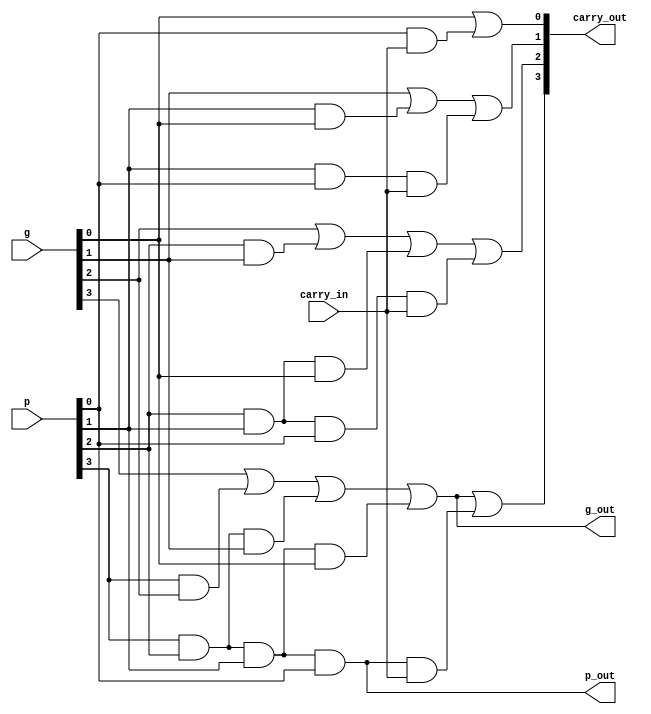
module cla_4bits(g, p, carry_in, carry_out, g_out, p_out);//444
	input [3:0]g;
	input [3:0]p;
	input carry_in;
	output [4:1]carry_out;
	output g_out;//4
	output p_out;//4

	assign carry_out[1] = g[0]
					    | (p[0] & carry_in); 
	assign carry_out[2] = g[1]
					    | (p[1] & g[0])
					    | (p[1] & p[0] & carry_in); 
	assign carry_out[3] = g[2]
					    | (p[2] & g[1])
					    | (p[2] & p[1] & g[0])
					    | (p[2] & p[1] & p[0] & carry_in); 
	assign carry_out[4] = g[3]
					    | (p[3] & g[2])
					    | (p[3] & p[2] & g[1])
					    | (p[3] & p[2] & p[1] & g[0])
					    | (p[3] & p[2] & p[1] & p[0] & carry_in); 

	//carry_out[4]=(g[3]+p[3]*carry_out[3])
	//			  =g[3]+p[3]*g[2]+p[3]*p[2]*g[1]+p[3]*p[2]*p[1]*g[0]+p[3]*p[2]*p[1]*p[0]*carry_in
	//			  =g_out                                            +p_out*carry_in
	assign g_out = g[3]
				 | (p[3] & g[2])
				 | (p[3] & p[2] & g[1])
				 | (p[3] & p[2] & p[1] & g[0]);
	assign p_out = p[3] & p[2] & p[1] & p[0];
endmodule


module Adder_1bit(a, b, carry_in, sum, g, p);//1
	input a;
	input b;
	input carry_in;
	output sum;
	output g;//1
	output p;//1

	assign sum = a ^ b ^ carry_in;
	assign g = a & b;
	assign p = a | b;
endmodule

module Adder_4bits(a, b, carry_in, sum, g_out, p_out);//4
	input [3:0]a;
	input [3:0]b;
	input carry_in;
	output [3:0]sum;
	output g_out;//4
	output p_out;//4

	wire [3:0]g;
	wire [3:0]p;
	wire [4:1]carry;

	Adder_1bit Adder_1bit_1(a[0], b[0], carry_in, sum[0], g[0], p[0]);
	Adder_1bit Adder_1bit_2(a[1], b[1], carry[1], sum[1], g[1], p[1]);
	Adder_1bit Adder_1bit_3(a[2], b[2], carry[2], sum[2], g[2], p[2]);
	Adder_1bit Adder_1bit_4(a[3], b[3], carry[3], sum[3], g[3], p[3]);

	cla_4bits CLA(g, p, carry_in, carry, g_out, p_out);
endmodule

module Adder_16bits(a, b, carry_in, sum, g_out, p_out);//16
	input [15:0]a;
	input [15:0]b;
	input carry_in;
	output [15:0]sum;
	output g_out;//16
	output p_out;//16

	wire [3:0]g;
	wire [3:0]p;
	wire [4:1]carry;

	Adder_4bits Adder_4bits_1(a[3:0], b[3:0], carry_in, sum[3:0], g[0], p[0]);
	Adder_4bits Adder_4bits_2(a[7:4], b[7:4], carry[1], sum[7:4], g[1], p[1]);
	Adder_4bits Adder_4bits_3(a[11:8], b[11:8], carry[2], sum[11:8], g[2], p[2]);
	Adder_4bits Adder_4bits_4(a[15:12], b[15:12], carry[3], sum[15:12], g[3], p[3]);

	//cla_4bits
	cla_4bits CLA(g, p, carry_in, carry, g_out, p_out);
endmodule

module Adder_32bits(a,b,carry_in,sum,carry_out);//32
	input [31:0]a;
	input [31:0]b;
	input carry_in;
	output [31:0]sum;
	output carry_out;

	wire carry_temp;
	wire [1:0]g;
	wire [1:0]p;
	
	assign carry_temp = g[0]
					  | (p[0] & carry_in);
	assign carry_out = g[1]
					 | (p[1] & g[0])
					 | (p[1] & p[0] & carry_in);

	Adder_16bits Adder_16bits_1(a[15:0], b[15:0], carry_in, sum[15:0], g[0], p[0]);
	Adder_16bits Adder_16bits_2(a[31:16], b[31:16], carry_temp, sum[31:16], g[1], p[1]);
endmodule

module Adder_64bits(a, b, carry_in, sum, carry_out);//64
	input [63:0]a;
	input [63:0]b;
	input carry_in;
	output [63:0]sum;
	output carry_out;

	wire [3:0]g;
	wire [3:0]p;
	wire [4:1]carry;
	wire g_out;
	wire p_out;

	Adder_16bits adder_16_1(a[15:0], b[15:0], carry_in, sum[15:0], g[0], p[0]);
	Adder_16bits adder_16_2(a[31:16], b[31:16], carry[1], sum[31:16], g[1], p[1]);
	Adder_16bits adder_16_3(a[47:32], b[47:32], carry[2], sum[47:32], g[2], p[2]);
	Adder_16bits adder_16_4(a[63:48], b[63:48], carry[3], sum[63:48], g[3], p[3]);

	cla_4bits CLA(g, p, carry_in, carry, g_out, p_out);

	assign carry_out = carry[4];
endmodule

module negate_32bits(to_operate, operator, result);
	input [31:0]to_operate;
	input operator;//1
	output [31:0]result;

	assign result[0] = operator ^ to_operate[0];
	assign result[1] = operator ^ to_operate[1];
	assign result[2] = operator ^ to_operate[2];
	assign result[3] = operator ^ to_operate[3];
	assign result[4] = operator ^ to_operate[4];
	assign result[5] = operator ^ to_operate[5];
	assign result[6] = operator ^ to_operate[6];
	assign result[7] = operator ^ to_operate[7];
	assign result[8] = operator ^ to_operate[8];
	assign result[9] = operator ^ to_operate[9];
	assign result[10] = operator ^ to_operate[10];
	assign result[11] = operator ^ to_operate[11];
	assign result[12] = operator ^ to_operate[12];
	assign result[13] = operator ^ to_operate[13];
	assign result[14] = operator ^ to_operate[14];
	assign result[15] = operator ^ to_operate[15];
	assign result[16] = operator ^ to_operate[16];
	assign result[17] = operator ^ to_operate[17];
	assign result[18] = operator ^ to_operate[18];
	assign result[19] = operator ^ to_operate[19];
	assign result[20] = operator ^ to_operate[20];
	assign result[21] = operator ^ to_operate[21];
	assign result[22] = operator ^ to_operate[22];
	assign result[23] = operator ^ to_operate[23];
	assign result[24] = operator ^ to_operate[24];
	assign result[25] = operator ^ to_operate[25];
	assign result[26] = operator ^ to_operate[26];
	assign result[27] = operator ^ to_operate[27];
	assign result[28] = operator ^ to_operate[28];
	assign result[29] = operator ^ to_operate[29];
	assign result[30] = operator ^ to_operate[30];
	assign result[31] = operator ^ to_operate[31];
endmodule

module AddSub(a, b, aluc, r, carry, overflow);//32
	input [31:0]a;
	input [31:0]b;
	input aluc;//
	output [31:0]r;
	output carry;//CF
	output overflow;//OF

	wire [31:0]b_to_add;
	wire carry_in;
	wire carry_out;
	
	//b
	negate_32bits negate_(b, aluc, b_to_add);//b_to_addbb_to_addb
	assign carry_in = aluc ? 1: 0;//b1,carry_in1

	Adder_32bits Adder_(a, b_to_add, carry_in, r, carry_out);//abab

	//CF
	//OF
	assign overflow = ((~a[31]) & (~b_to_add[31]) & r[31])
				    | (a[31] & b_to_add[31] & (~r[31]));
	assign carry = (aluc & (~carry_out))
				 | ((~aluc) & carry_out);
endmodule